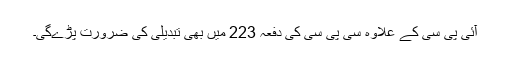
آئی پی سی کے علاوہ سی پی سی کی دفعہ 223 میں بھی تبدیلی کی ضرورت پڑے‌گی۔